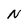
Character: N